Vaccination in Bombay 1856-1862 - 1856-1862
Year: 1856
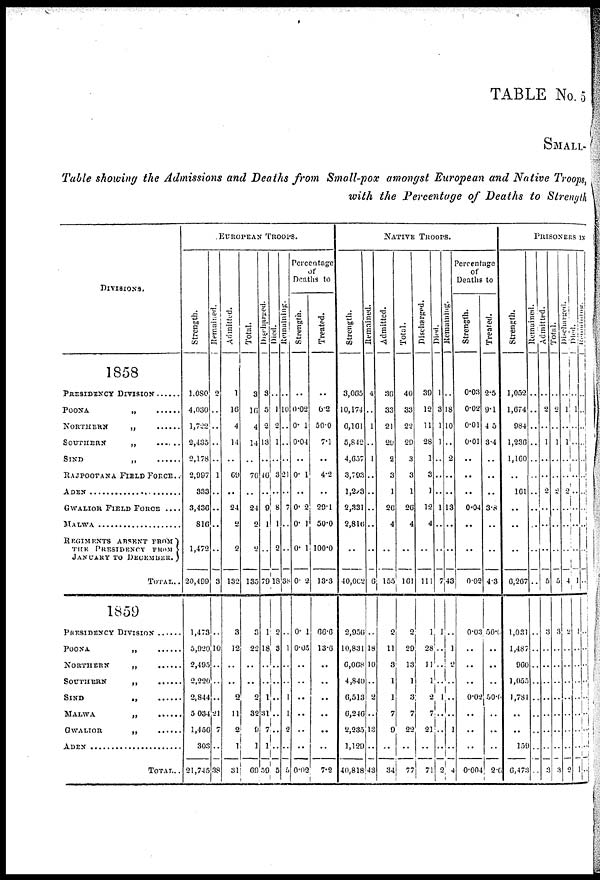
TABLE No. 5
SMALL-
Table showing the Admissions and Deaths from Small-pox amongst European and Native Troops,
with the Percentage of Deaths to Strength
DIVISIONS.
1858
PRESIDENCY DIVISION ......
POONA „ ......
NORTHERN „ ......
SOUTHERN
„
SIND „ ......
RAJPOOTANA FIELD FORCE..
ADEN ....................
GWALIOR FIELD FORCE ....
MALWA ....................
REGIMENTS ABSENT FROM
THE PRESIDENCY FROM
JANUARY TO DECEMBER.
TOTAL..
1859
PRESIDENCY DIVISION
POONA
„
NORTHERN
„
SOUTHERN
„
SIND
„
MALWA „ ......
GWALIOR
„
ADEN ....................
TOTAL..
EUROPEAN TROOPS.
Strength.
1,080
4,030
1,722
2,435
2,178
2,997
333
3,436
816
1,473
20,499
1,473
5,920
2,495
2,220
2,844
5,034
1,456
303
21,745
Remained.
2
..
..
..
..
1
..
..
..
..
3
..
10
..
..
..
21
..
..
38
Admitted.
1
16
4
14
..
69
..
24
2
2
132
3
12
..
..
2
11
2
1
31
Total.
3
16
4
14
..
70
..
24
2
2
135
3
22
..
..
2
32
9
1
69
Discharged.
3
5
2
13
..
46
..
9
1
..
79
1
18
..
..
1
31
7
1
59
Died.
..
1
2
1
..
3
..
8
1
2
18
2
3
..
..
..
..
..
..
5
Remaining.
..
10
..
..
..
21
..
7
..
..
38
..
1
..
..
..
1
2
..
5
Percentage
of
Deaths to
Strength.
..
0.02
0.01
0.04
..
0.01
..
0.02
0.01
0.01
0.02
0.01
0.05
..
..
..
..
..
..
0.02
Treated.
..
6.2
50.0
7.1
..
4.2
..
29.1
50.0
100.0
13.3
66.6
13.6
..
..
..
..
..
..
7.2
NATIVE TROOPS.
Strength.
3,065
10,174
6,161
5,842
4,657
3,793
1,273
2,331
2,816
..
40.002
2,956
10,831
6,068
4,840
6,513
6,246
2,235
1,129
40,818
Remained.
4
..
1
..
1
..
..
..
..
..
6
..
18
10
..
2
..
13
..
43
Admitted.
36
33
21
29
2
3
1
26
4
..
155
2
11
3
1
1
7
9
..
34
Total.
40
33
22
29
3
3
1
26
4
..
161
2
29
13
1
3
7
22
..
77
Discharged.
39
12
11
28
1
3
1
12
4
..
111
1
28
11
1
2
7
21
..
71
Died.
1
3
1
1
..
..
..
1
..
..
7
1
..
..
..
1
..
..
..
2
Remaining.
..
18
10
..
2
..
..
13
..
..
43
..
1
2
..
..
..
1
..
4
Percentage
of
Deaths to
Strength.
0.03
0.02
0.01
0.01
..
..
..
0.04
..
..
0.02
0.03
..
..
..
0.02
..
..
..
0.004
Treated.
2.5
9.1
4.5
3.4
..
..
..
3.8
..
..
4.3
50.0
..
..
..
50.0
..
..
..
206
PRISONERS IN
Strength.
1,052
1,674
984
1,236
1,160
..
161
..
..
..
6,267
1,031
..
960
1,055
1,781
..
..
159
6,473
Remained.
..
..
..
..
..
..
..
..
..
..
..
..
..
..
..
..
..
..
..
..
Admitted.
..
2
..
1
..
..
2
..
..
..
5
3
..
..
..
..
..
..
..
3
Total.
..
2
..
1
..
..
2
..
..
..
5
3
..
..
..
..
..
..
..
3
Discharged.
..
1
..
..
..
..
2
..
..
..
4
2
..
..
..
..
..
..
..
2
Died.
..
1
..
..
..
..
..
..
..
..
1
1
..
..
..
..
..
..
..
1
Remaining.
..
..
..
..
..
..
..
..
..
..
..
..
..
..
..
..
..
..
..
..